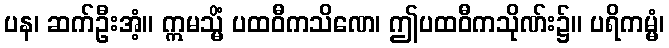
ပန၊ ဆက်ဦးအံ့။ ဣမသ္မိံ ပထဝီကသိဏေ၊ ဤပထဝီကသိုဏ်း၌။ ပရိကမ္မံ၊